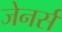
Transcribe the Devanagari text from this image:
जेनर्स